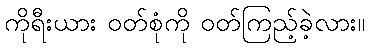
ကိုရီးယား ဝတ်စုံကို ဝတ်ကြည့်ခဲ့လား။